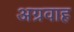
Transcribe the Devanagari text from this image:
अग्रवाह